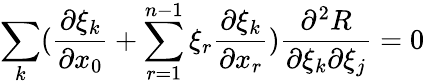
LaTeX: \sum_{k}(\frac{\partial\xi_{k}}{\partial x_{0}}+\sum_{r=1}^{n-1}\xi_{r}\frac{\partial\xi_{k}}{\partial x_{r}})\frac{\partial^{2}R}{\partial\xi_{k}\partial\xi_{j}}=0